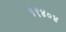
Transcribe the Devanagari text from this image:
१९४०४